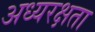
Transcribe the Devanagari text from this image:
अध्यरक्षता